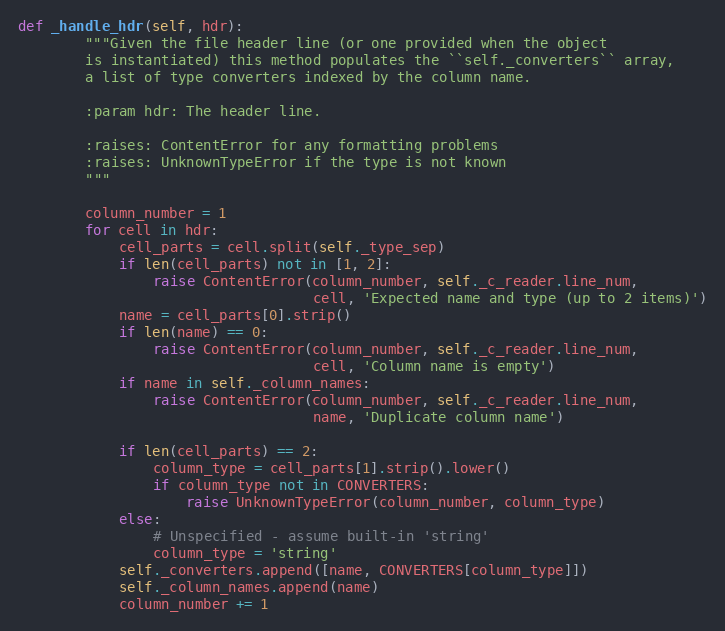
Language: Python
def _handle_hdr(self, hdr):
        """Given the file header line (or one provided when the object
        is instantiated) this method populates the ``self._converters`` array,
        a list of type converters indexed by the column name.

        :param hdr: The header line.

        :raises: ContentError for any formatting problems
        :raises: UnknownTypeError if the type is not known
        """

        column_number = 1
        for cell in hdr:
            cell_parts = cell.split(self._type_sep)
            if len(cell_parts) not in [1, 2]:
                raise ContentError(column_number, self._c_reader.line_num,
                                   cell, 'Expected name and type (up to 2 items)')
            name = cell_parts[0].strip()
            if len(name) == 0:
                raise ContentError(column_number, self._c_reader.line_num,
                                   cell, 'Column name is empty')
            if name in self._column_names:
                raise ContentError(column_number, self._c_reader.line_num,
                                   name, 'Duplicate column name')

            if len(cell_parts) == 2:
                column_type = cell_parts[1].strip().lower()
                if column_type not in CONVERTERS:
                    raise UnknownTypeError(column_number, column_type)
            else:
                # Unspecified - assume built-in 'string'
                column_type = 'string'
            self._converters.append([name, CONVERTERS[column_type]])
            self._column_names.append(name)
            column_number += 1